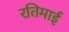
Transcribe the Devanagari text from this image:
रतिमाई